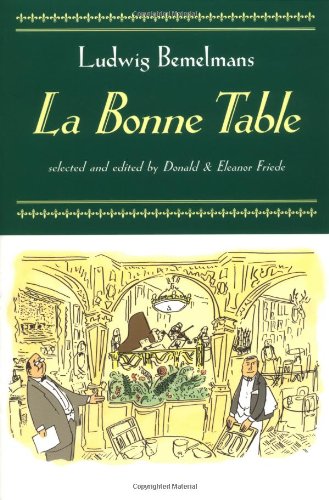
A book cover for La Bonne Table; Ludwig Bemelmans; Cookbooks, Food & Wine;